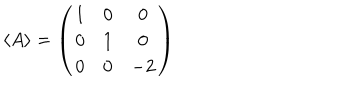
\langle A \rangle = \left( \begin{array} { c c c } { { 1 } } & { { 0 } } & { { 0 } } \\ { { 0 } } & { { 1 } } & { { 0 } } \\ { { 0 } } & { { 0 } } & { { - 2 } } \\ \end{array} \right)